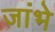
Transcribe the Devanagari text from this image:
जांभे